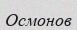
Осмонов